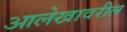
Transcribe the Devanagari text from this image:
आलेखावरील